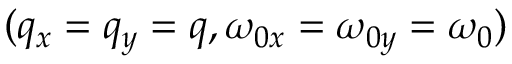
( q _ { x } = q _ { y } = q , \omega _ { 0 x } = \omega _ { 0 y } = \omega _ { 0 } )